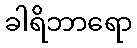
ခါရိဘာရော